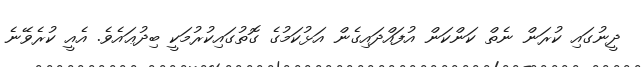
ދީނުގައި ކުރަން ނެތް ކަންކަން އުފައްދައިގެން އަޅުކަމުގެ ގޮތުގައިކުރުމަކީ ބިދުޢައެވެ. އެއީ ކުރެވޭނެ